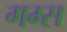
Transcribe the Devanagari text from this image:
गम्स